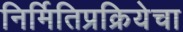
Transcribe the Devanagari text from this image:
निर्मितिप्रक्रियेचा